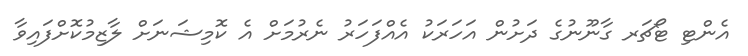
އެންޓި ޓޯޗަރ ގާނޫނުގެ ދަށުން އަހަރަކު އެއްފަހަރު ނެރުމަށް އެ ކޮމިޝަނަށް ލާޒިމުކޮށްފައިވާ